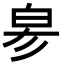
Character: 𤽖